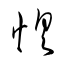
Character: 惧